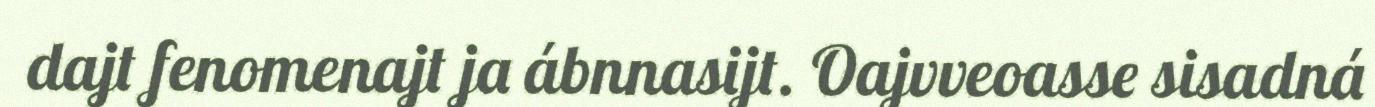
dajt fenomenajt ja ábnnasijt. Oajvveoasse sisadná